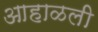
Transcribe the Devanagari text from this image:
आहाळली